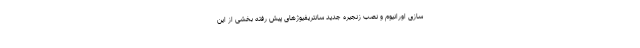
سازی اورانیوم و نصب زنجیره جدید سانتریفیوژهای پیش رفته بخشی از این